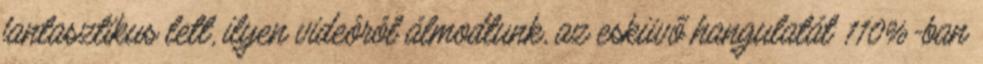
fantasztikus lett, ilyen videóról álmodtunk, az esküvő hangulatát 110%-ban